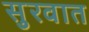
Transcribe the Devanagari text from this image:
सुुरवात